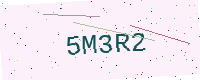
Text: 5M3R2